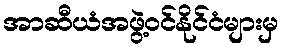
အာဆီယံအဖွဲ့ဝင်နိုင်ငံများမှ